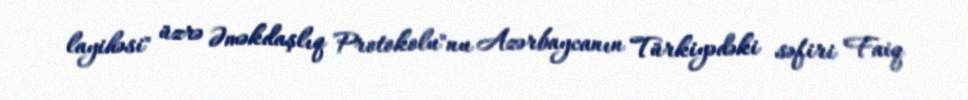
layihəsi" üzrə Əməkdaşlıq Protokolu"nu Azərbaycanın Türkiyədəki səfiri Faiq